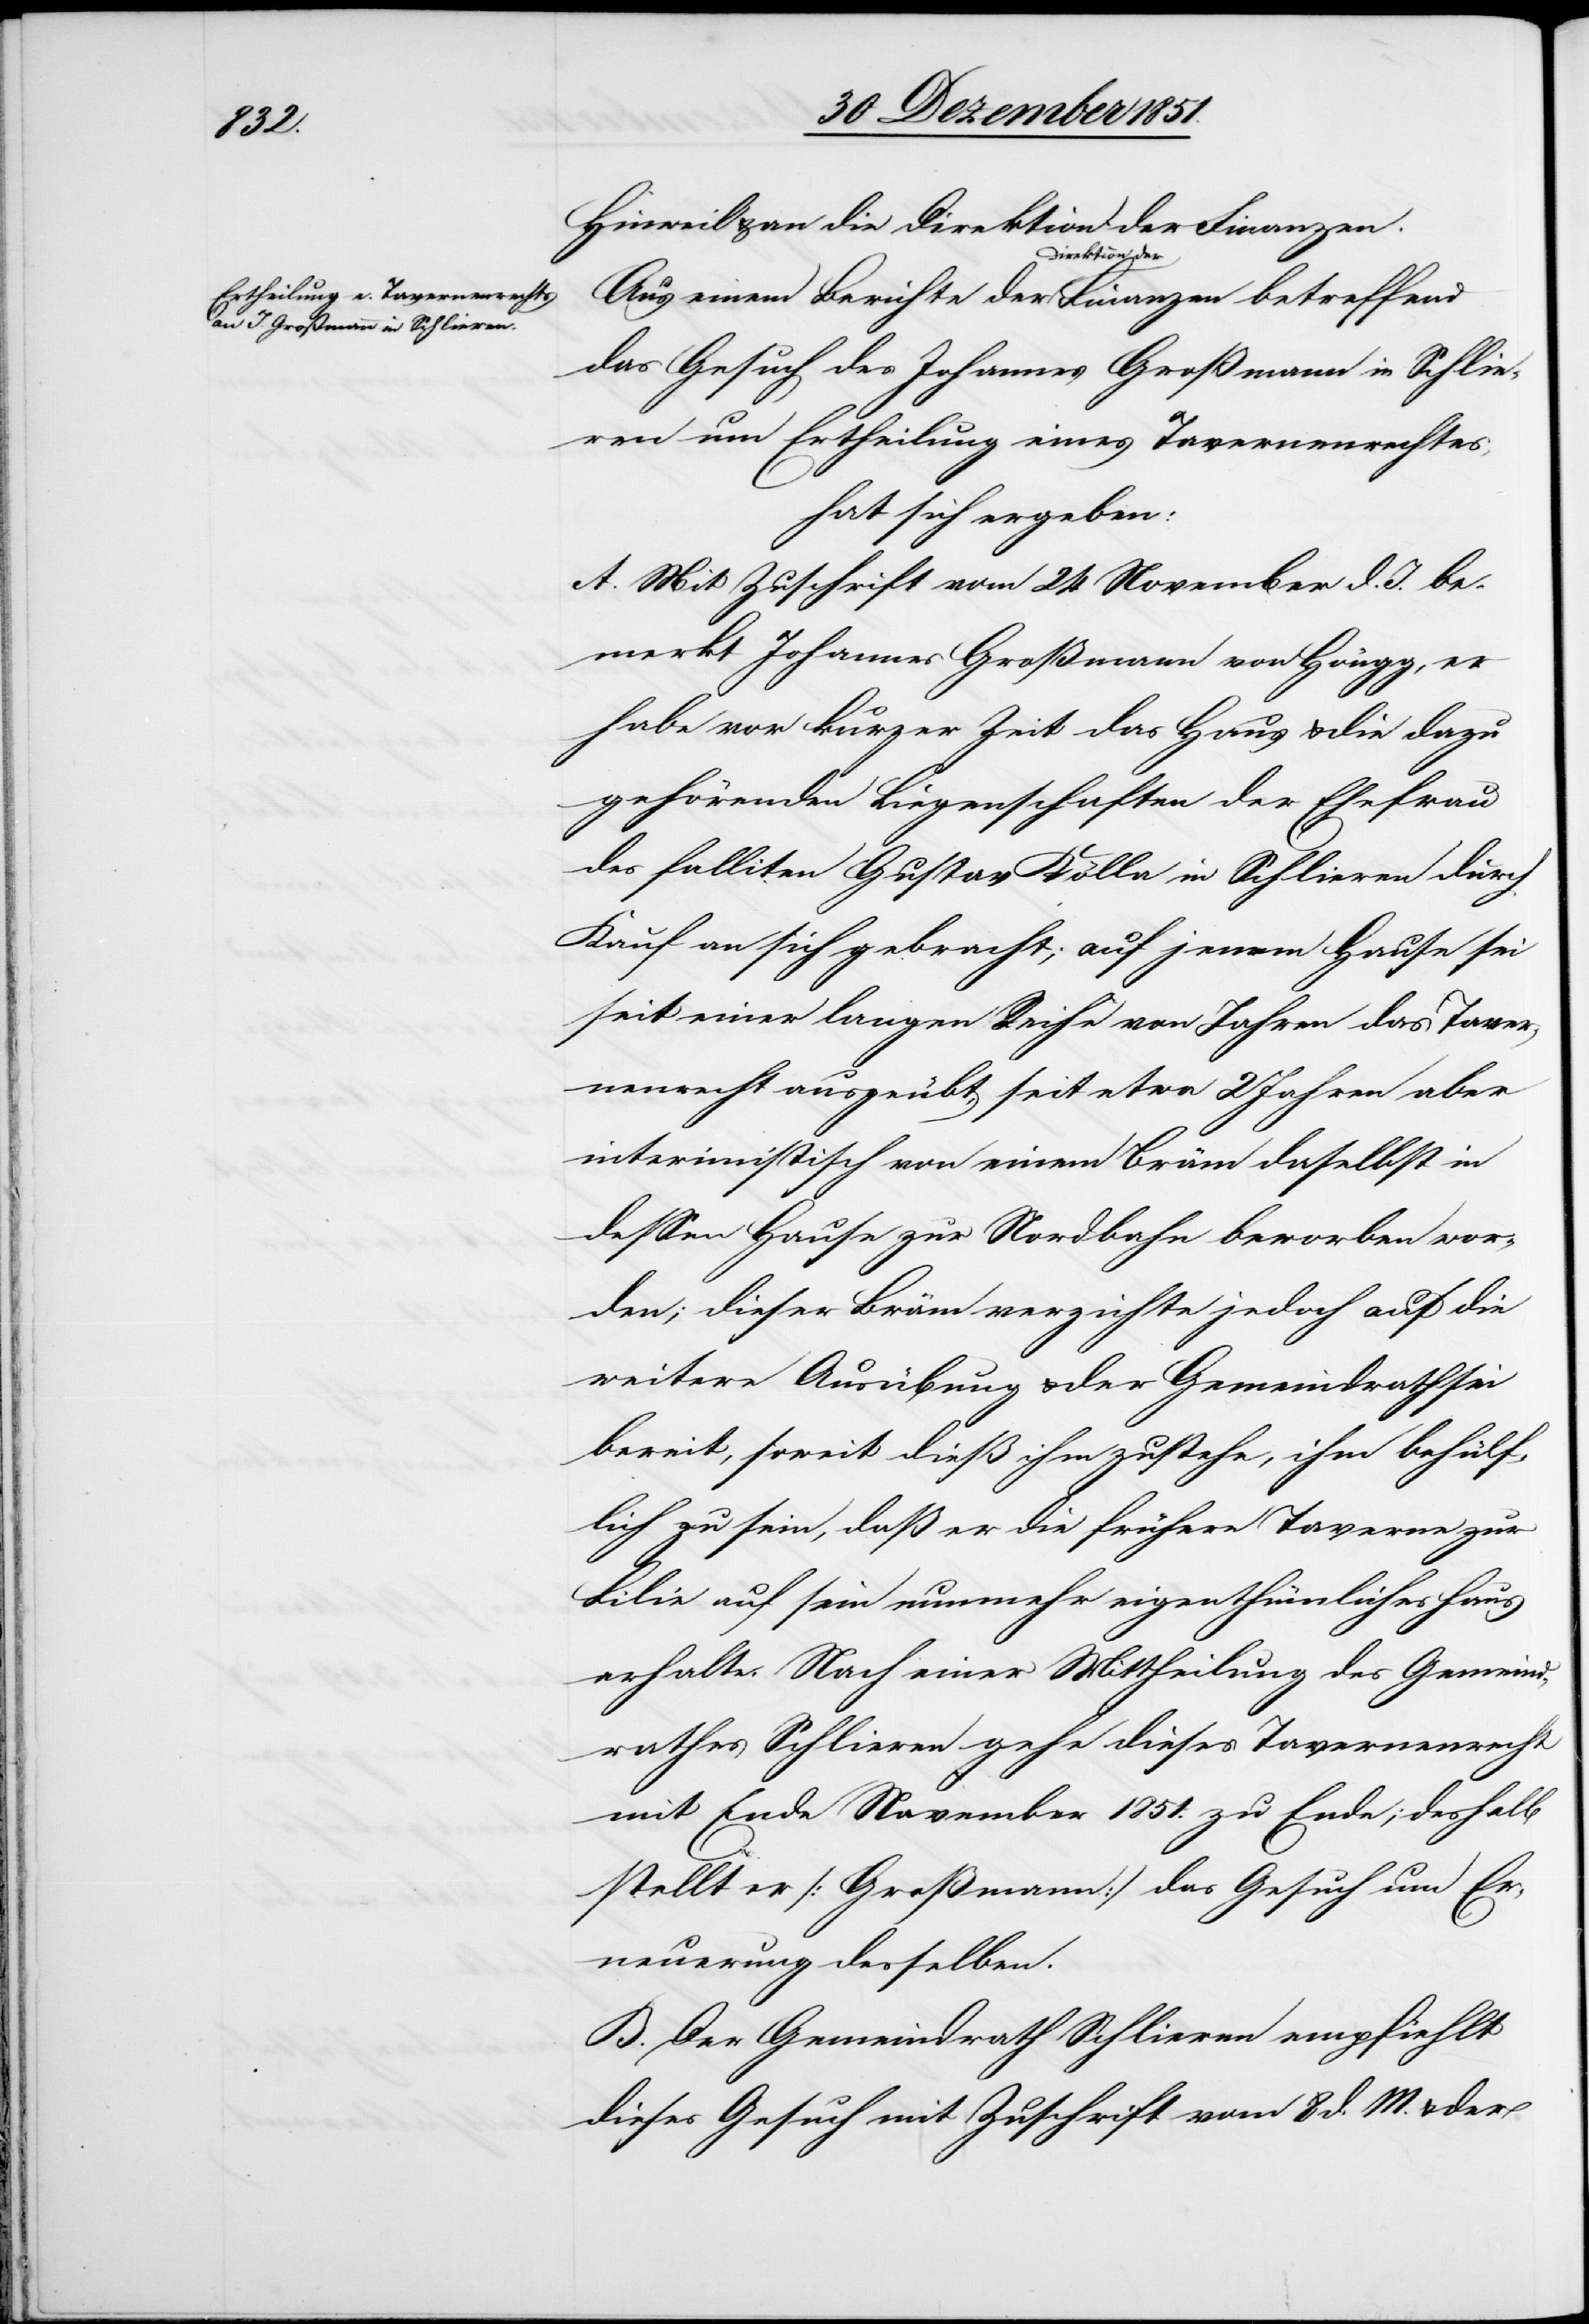
Hinweil & an die Direktion der Finanzen.
Direktion der
das Gesuch des Johannes Großmann in Schlie¬
ren um Ertheilung eines Tavernenrechtes,
hat sich ergeben:
A. Mit Zuschrift vom 24 November d. J. be¬
merkt Johannes Großmann von Höngg, er
habe vor kurzer Zeit das Haus & die dazu
gehörenden Liegenschaften der Ehefrau
des falliten Gustav Kölla in Schlieren durch
Kauf an sich gebracht; auf jenem Hause sei
seit einer langen Reihe von Jahren das Taver¬
nenrecht ausgeübt, seit etwa 2 Jahren aber
interimistisch von einem Bräm daselbst in
dessen Hause zur Nordbahn beworben wor¬
den; dieser Bräm verzichte jedoch auf die
weitere Ausübung & der Gemeindrath sei
bereit, soweit dieß ihm zustehe, ihm behülf¬
lich zu sein, daß er die frühere Taverne zur
Lilie auf sein nunmehr eigenthümliches Haus
erhalte. Nach einer Mittheilung des Gemeind¬
rathes Schlieren gehe dieses Tavernenrecht
mit Ende November 1851. zu Ende; deshalb
stellt er [Großmann] das Gesuch um Er¬
neuerung desselben.
B. Der Gemeindrath Schlieren empfiehlt
dieses Gesuch mit Zuschrift vom 8 d. M. & der